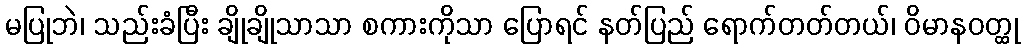
မပြုဘဲ၊ သည်းခံပြီး ချိုချိုသာသာ စကားကိုသာ ပြောရင် နတ်ပြည် ရောက်တတ်တယ်၊ ဝိမာနဝတ္ထု